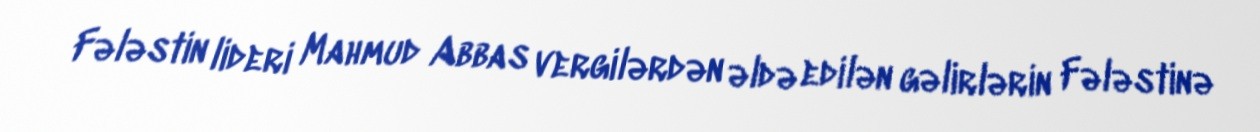
Fələstin lideri Mahmud Abbas vergilərdən əldə edilən gəlirlərin Fələstinə